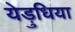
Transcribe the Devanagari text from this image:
येड़ुधिया